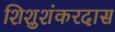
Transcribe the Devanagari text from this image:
शिशुशंकरदास